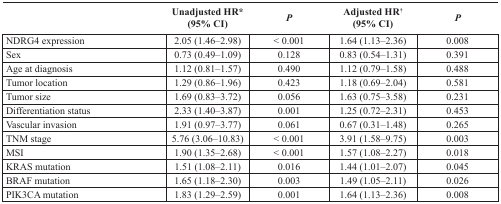
|  | Unadjusted HR* (95% CI) | P | Adjusted HR†(95% CI) | P |
 | --- | --- | --- | --- | --- |
 | NDRG4 expression | 2.05 (1.46–2.98) | < 0.001 | 1.64 (1.13–2.36) | 0.008 |
 | Sex | 0.73 (0.49–1.09) | 0.128 | 0.83 (0.54–1.31) | 0.391 |
 | Age at diagnosis | 1.12 (0.81–1.57) | 0.490 | 1.12 (0.79–1.58) | 0.488 |
 | Tumor location | 1.29 (0.86–1.96) | 0.423 | 1.18 (0.69–2.04) | 0.581 |
 | Tumor size | 1.69 (0.83–3.72) | 0.056 | 1.63 (0.75–3.58) | 0.231 |
 | Differentiation status | 2.33 (1.40–3.87) | 0.001 | 1.25 (0.72–2.31) | 0.453 |
 | Vascular invasion | 1.91 (0.97–3.77) | 0.061 | 0.67 (0.31–1.48) | 0.265 |
 | TNM stage | 5.76 (3.06–10.83) | < 0.001 | 3.91 (1.58–9.75) | 0.003 |
 | MSI | 1.90 (1.35–2.68) | < 0.001 | 1.57 (1.08–2.27) | 0.018 |
 | KRAS mutation | 1.51 (1.08–2.11) | 0.016 | 1.44 (1.01–2.07) | 0.045 |
 | BRAF mutation | 1.65 (1.18–2.30) | 0.003 | 1.49 (1.05–2.11) | 0.026 |
 | PIK3CA mutation | 1.83 (1.29–2.59) | 0.001 | 1.64 (1.13–2.36) | 0.008 |